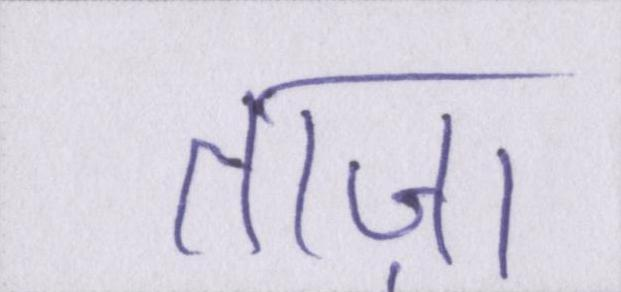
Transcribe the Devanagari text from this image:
ताज़ा